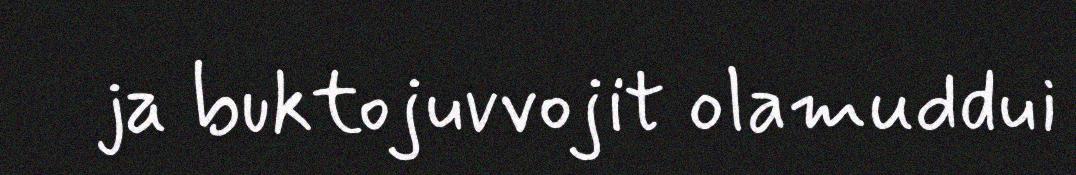
ja buktojuvvojit olamuddui